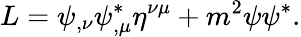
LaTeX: L=\psi_{,\nu}\psi_{,\mu}^{*}\eta^{\nu\mu}+m^{2}\psi\psi^{*}.